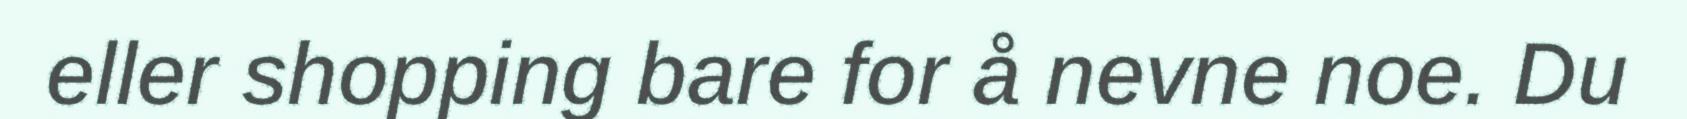
eller shopping bare for å nevne noe. Du